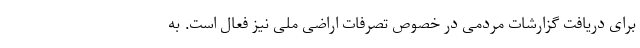
برای دریافت گزارشات مردمی در خصوص تصرفات اراضی ملی نیز فعال است. به